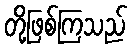
တို့ဖြစ်ကြသည်